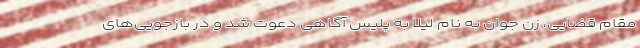
مقام قضایی، زن جوان به نام لیلا به پلیس آگاهی دعوت شد و در بازجویی‌های